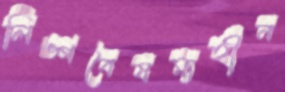
লিঙ্গবৈষম্যহীন